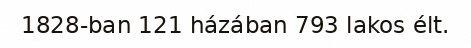
1828-ban 121 házában 793 lakos élt.